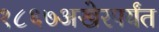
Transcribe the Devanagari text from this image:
१८६७अखेरपर्यंत